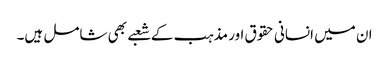
ان میں انسانی حقوق اور مذہب کے شعبے بھی شامل ہیں۔